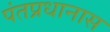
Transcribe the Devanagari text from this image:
पंतप्रधानास